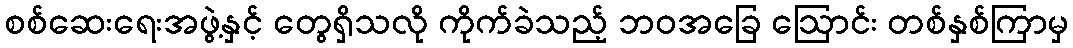
စစ်ဆေးရေးအဖွဲ့နှင့် တွေရှိသလို ကိုက်ခဲသည့် ဘဝအခြေ ဩောင်း တစ်နှစ်ကြာမှ